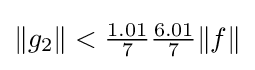
{\textstyle \|g_{2}\|<{\frac {1.01}{7}}{\frac {6.01}{7}}\|f\|}